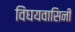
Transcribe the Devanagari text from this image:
विंघयवासिनी